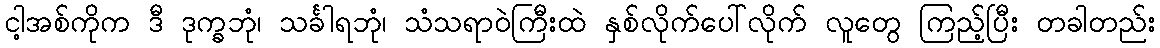
ငါ့အစ်ကိုက ဒီ ဒုက္ခဘုံ၊ သင်္ခါရဘုံ၊ သံသရာဝဲကြီးထဲ နှစ်လိုက်ပေါ်လိုက် လူတွေ ကြည့်ပြီး တခါတည်း